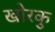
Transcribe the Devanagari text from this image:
खोरकु